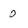
Character: o